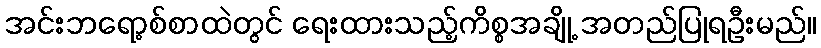
အင်းဘရော့စ်စာထဲတွင် ရေးထားသည့်ကိစ္စအချို့ အတည်ပြုရဦးမည်။